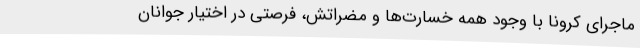
ماجرای کرونا با وجود همه خسارت‌ها و مضراتش، فرصتی در اختیار جوانان